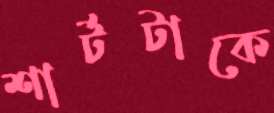
শার্টটাকে